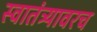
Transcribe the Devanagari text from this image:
स्वातंत्र्यावरच